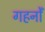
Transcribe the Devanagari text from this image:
गहनोँ